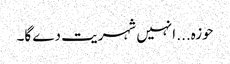
حوزہ... انہیں شہریت دے گا۔